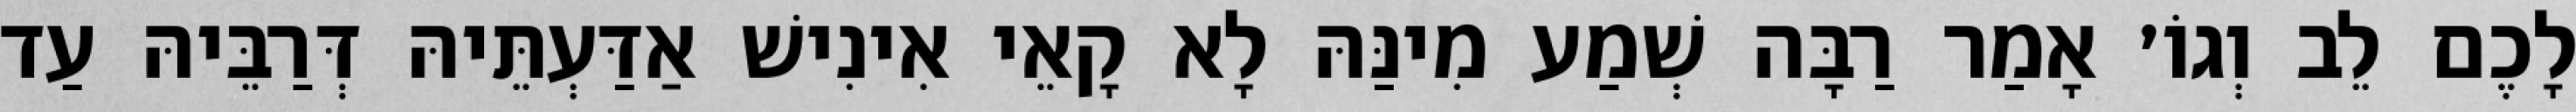
לָכֶם לֵב וְגוֹ׳ אָמַר רַבָּה שְׁמַע מִינַּהּ לָא קָאֵי אִינִישׁ אַדַּעְתֵּיהּ דְּרַבֵּיהּ עַד